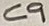
Text: C9